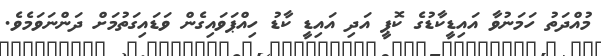
މުއްދަތު ހަމަނުވާ އައިޑީކާޑުގެ ކޮޕީ އަދި އައިޑީ ކާޑު ހިއްޕަވައިގެން ވަޑައިގަތުމަށް ދަންނަވަމެވެ.